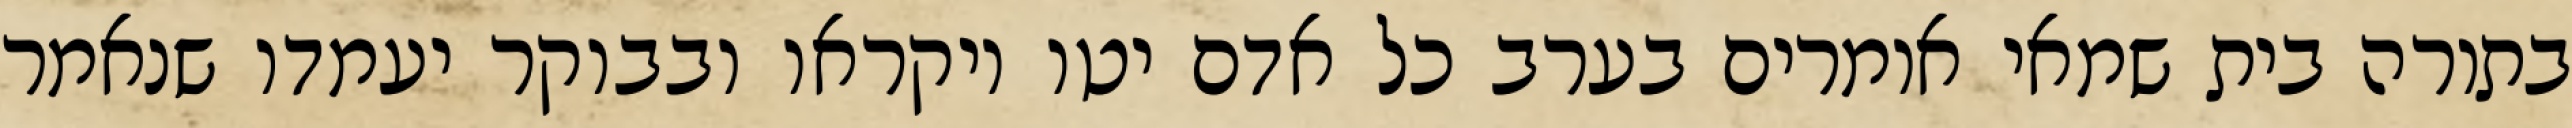
בתורה בית שמאי אומרים בערב כל אדם יטו ויקראו ובבוקר יעמדו שנאמר